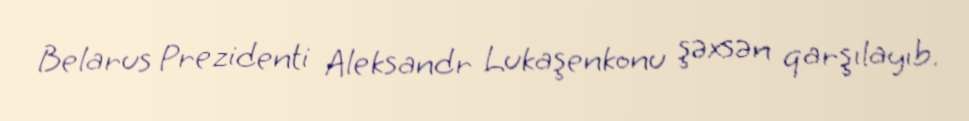
Belarus Prezidenti Aleksandr Lukaşenkonu şəxsən qarşılayıb.